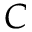
C